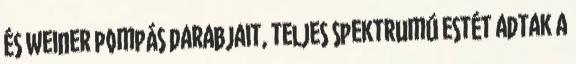
és Weiner pompás darabjait, teljes spektrumú estét adtak a